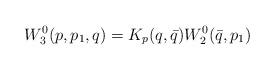
LaTeX: \begin{align*}W^0_3(p,p_1,q)=K_p(q,\bar{q})W^0_2(\bar{q},p_1)\end{align*}